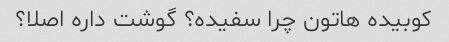
کوبیده هاتون چرا سفیده؟ گوشت داره اصلا؟